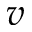
v